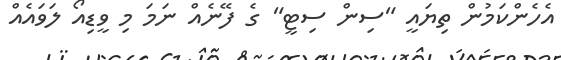
އެހެންކަމުން ތިޔައީ "ސިން ސިޓީ" ގެ ފޭނެއް ނަމަ މި ވީޑިއޯ ލަވައެއް